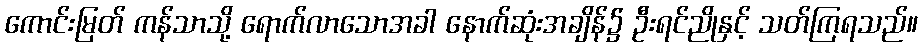
ကောင်းမြတ် ကန်သာသို့ ရောက်လာသောအခါ နောက်ဆုံးအချိန်၌ ဦးရင်ညိုနှင့် သတ်ကြရသည်။